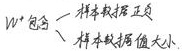
\(W^+\) \begin{cases} \text{样本数据正负} \\ \text{样本数据值大小} \end{cases}